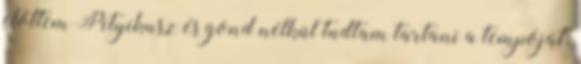
előttem Pityikusz és gond nélkül tudtam tartani a tempóját.